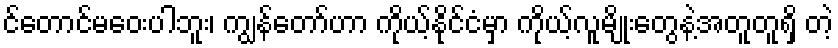
င်တောင်မဝေးပါဘူး၊ ကျွန်တော်ဟာ ကိုယ့်နိုင်ငံမှာ ကိုယ့်လူမျိုးတွေနဲ့အတူတူရှိ တဲ့